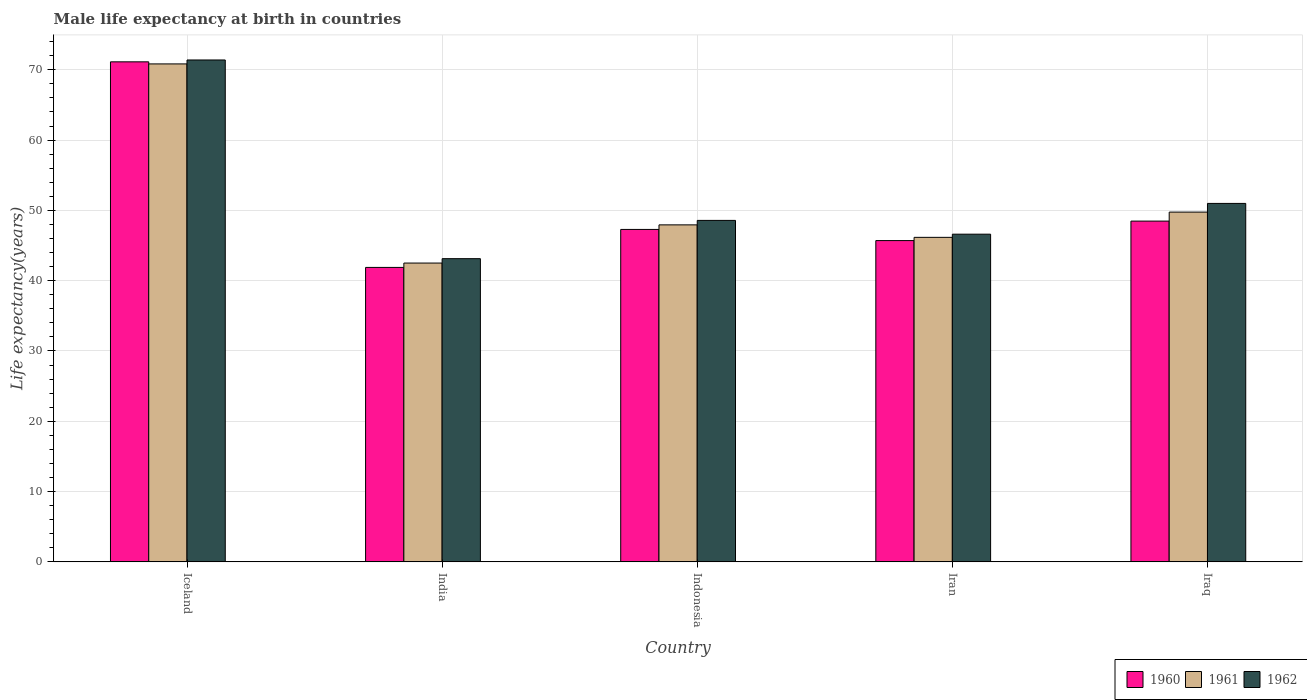
| Country | 1960 | 1961 | 1962 |
 | --- | --- | --- | --- |
 | Iceland | 71.1 | 70.8 | 71.4 |
 | India | 41.9 | 42.5 | 43.1 |
 | Indonesia | 47.3 | 47.9 | 48.6 |
 | Iran | 45.7 | 46.2 | 46.6 |
 | Iraq | 48.5 | 49.8 | 51 |